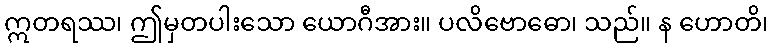
ဣတရဿ၊ ဤမှတပါးသော ယောဂီအား။ ပလိဗောဓော၊ သည်။ န ဟောတိ၊